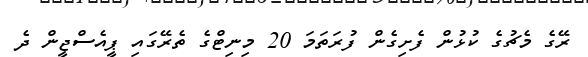
ރޭގެ މެޗުގެ ކުޅުން ފެށިގެން ފުރަތަމަ 20 މިނިޓްގެ ތެރޭގައި ޕީއެސްޖީން ދެ